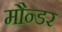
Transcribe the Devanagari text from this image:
मौन्डर